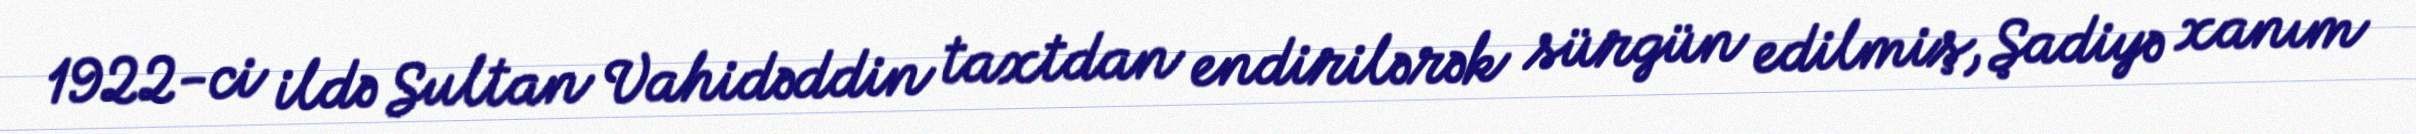
1922-ci ildə Sultan Vahidəddin taxtdan endirilərək sürgün edilmiş, Şadiyə xanım